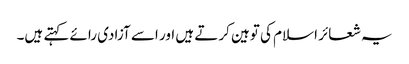
یہ شعائر اسلام کی توہین کرتے ہیں اور اسے آزادی رائے کہتے ہیں۔